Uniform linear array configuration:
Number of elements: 64
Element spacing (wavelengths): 0.75
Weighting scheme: hamming
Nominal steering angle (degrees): -30
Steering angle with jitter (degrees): -29.4
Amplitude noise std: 0.05
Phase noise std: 0.05

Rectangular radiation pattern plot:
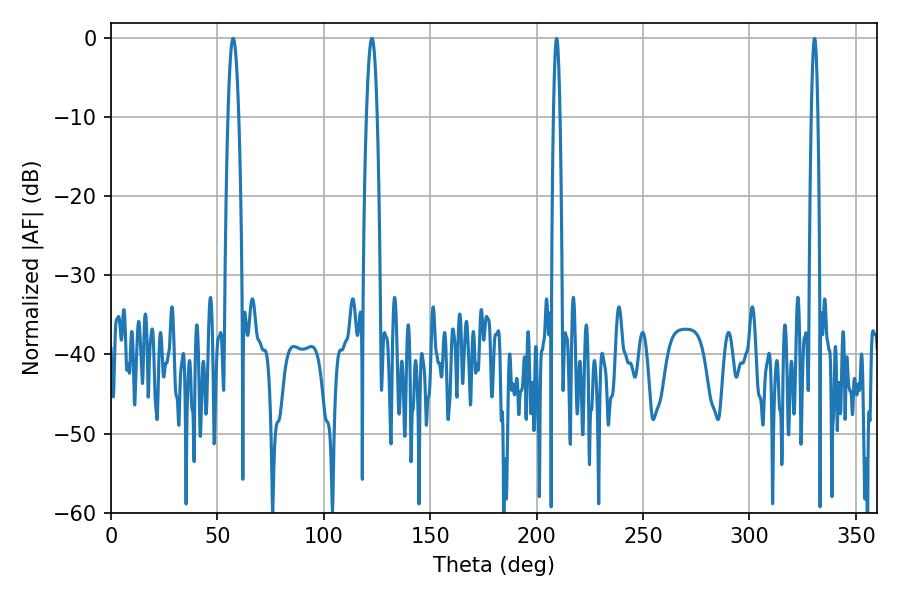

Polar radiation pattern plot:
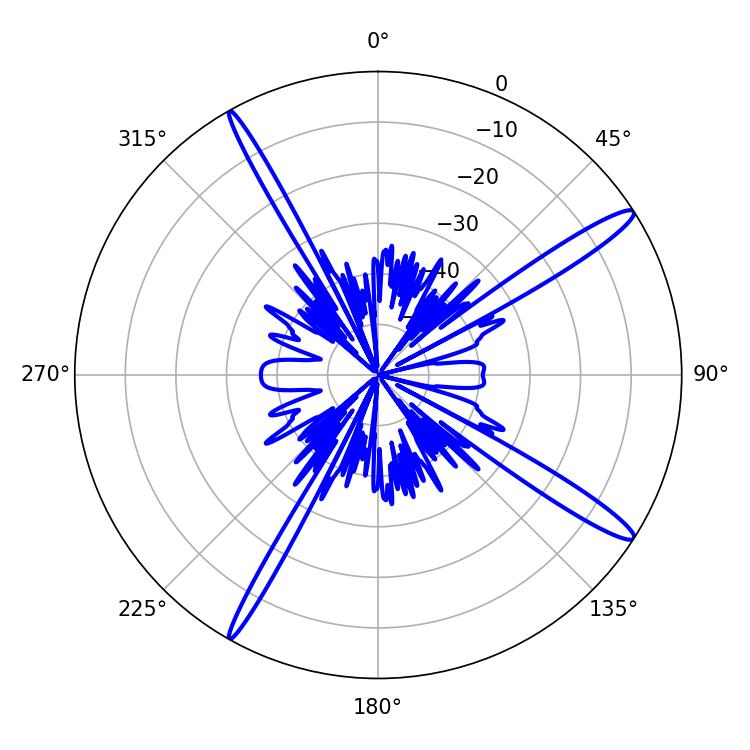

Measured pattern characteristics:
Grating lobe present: TRUE
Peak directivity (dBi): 15.435
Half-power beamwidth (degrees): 2.88
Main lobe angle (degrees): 122.58